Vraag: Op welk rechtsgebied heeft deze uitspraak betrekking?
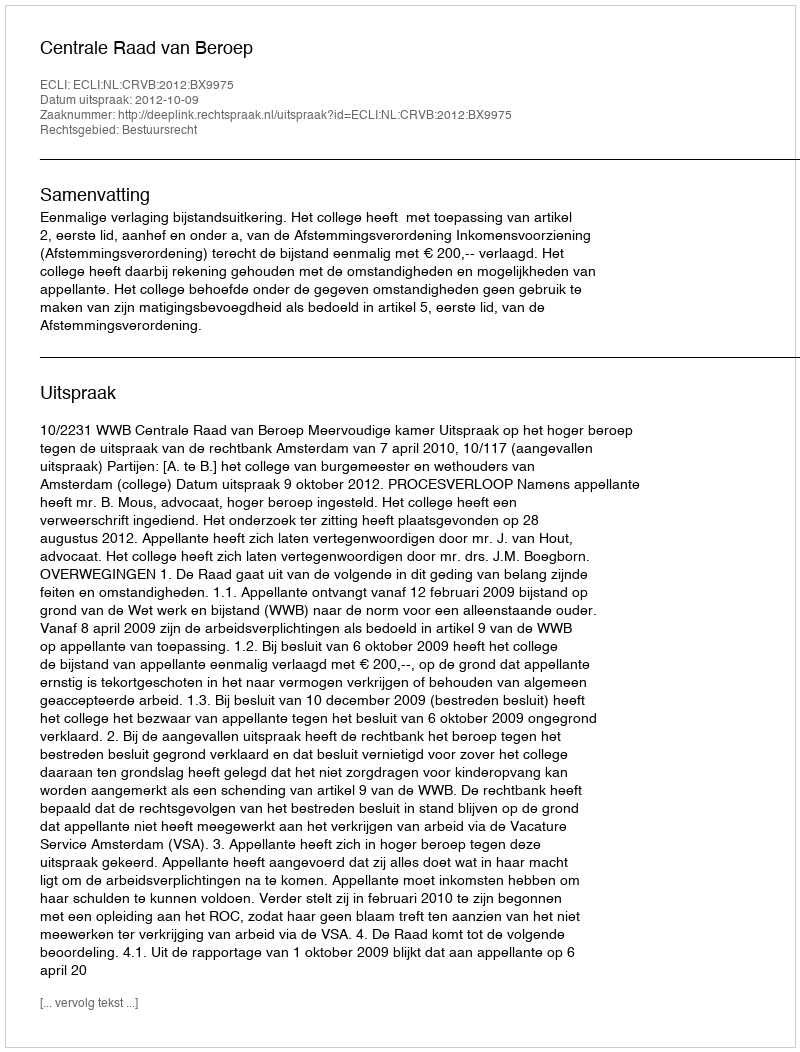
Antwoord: Bestuursrecht